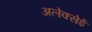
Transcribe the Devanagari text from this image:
अलेक्सेई